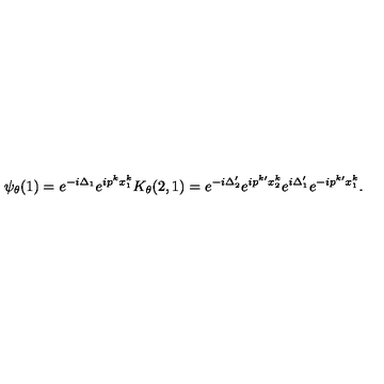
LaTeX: \psi _ { \theta } ( 1 ) = e ^ { - i \Delta _ { 1 } } e ^ { i p ^ { k } x _ { 1 } ^ { k } } K _ { \theta } ( 2 , 1 ) = e ^ { - i \Delta _ { 2 } ^ { \prime } } e ^ { i p ^ { k \prime } x _ { 2 } ^ { k } } e ^ { i \Delta _ { 1 } ^ { \prime } } e ^ { - i p ^ { k \prime } x _ { 1 } ^ { k } } .